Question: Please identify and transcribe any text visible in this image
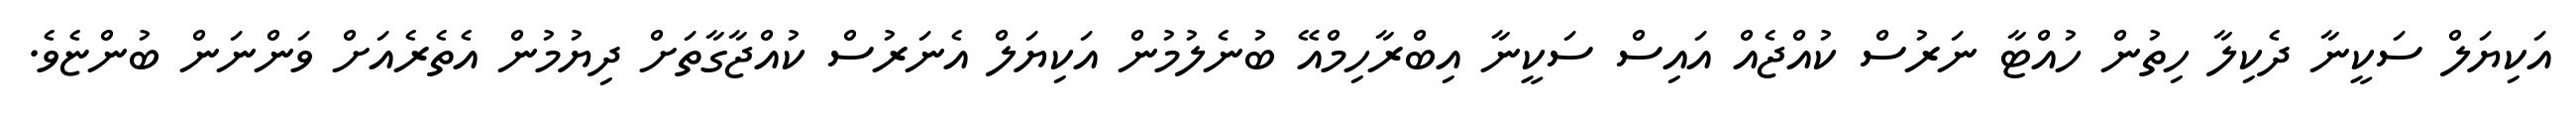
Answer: އަކިޔަލް ސަކީނާ ދެކިލާ ހިތުން ހުއްޓާ ނަރުސް ކުއްޖެއް އައިސް ސަކީނާ އިބްރާހިމްއޭ ބުނެލުމުން އަކިޔަލް އެނަރުސް ކުއްޖާގާތަށް ދިޔުމުން އެތެރެއަށް ވަންނަން ބުންޏެވެ.